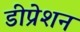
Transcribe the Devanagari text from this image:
डीप्रेशन